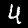
Digit: 4